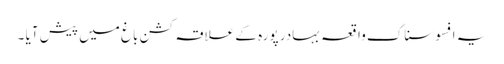
یہ افسوسناک واقعہ بہادر پورہ کے علاقہ کشن باغ میں پیش آیا ۔